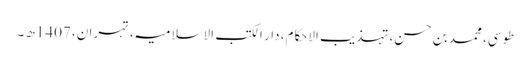
طوسی، محمد بن حسن، تہذیب الاحکام، دار الکتب الاسلامیہ، تہران، 1407ھ ۔